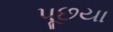
પૂછયા